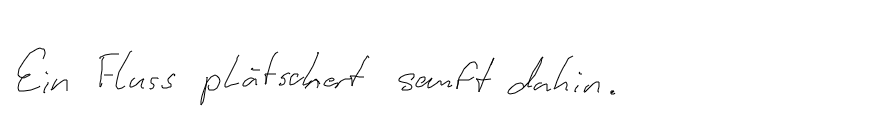
Ein Fluss plätschert sanft dahin.